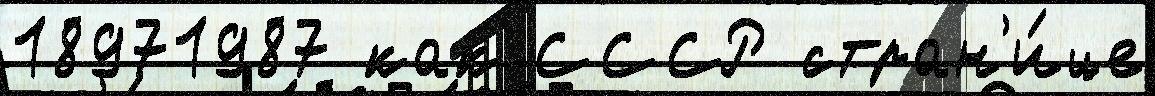
18971987 как СССР стран'и́це